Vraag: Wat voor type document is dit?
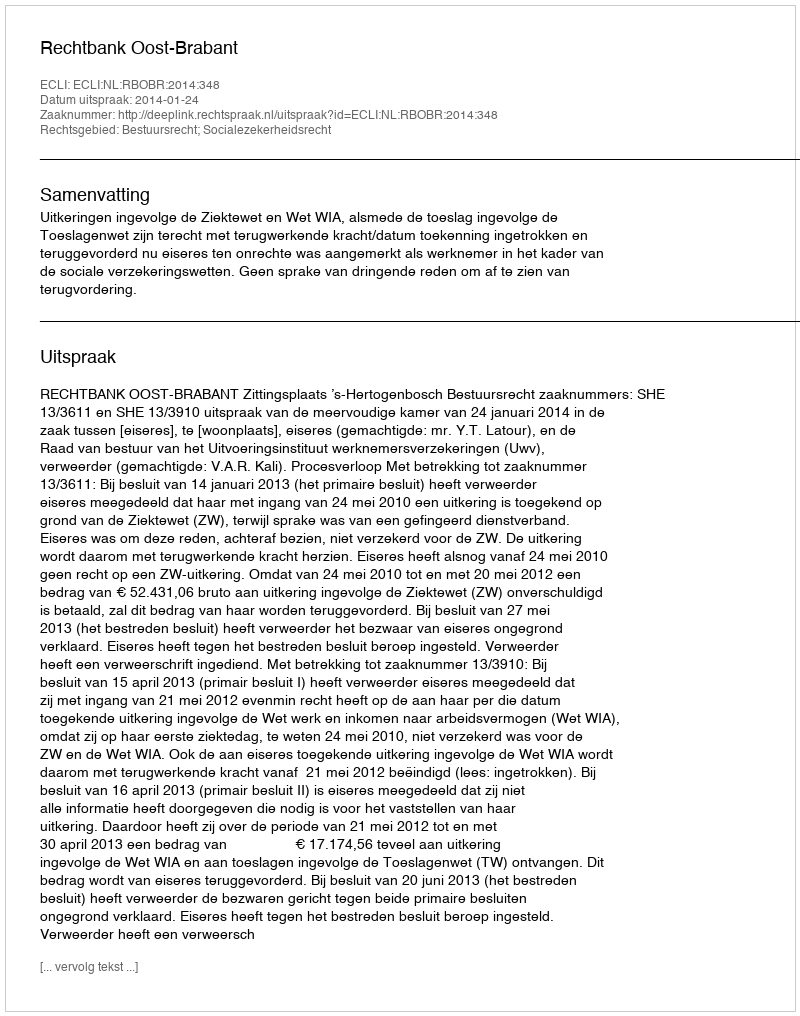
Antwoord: Uitspraak